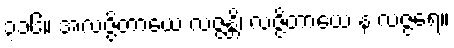
၃၁၆။ အလဇ္ဇိတာယေ လဇ္ဇန္တိ၊ လဇ္ဇိတာယေ န လဇ္ဇရေ။